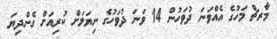
މާރޗް މަހުގެ އެއްވަނަ ދުވަހުން 14 ވަަނަ ދުވަހުގެ ނިޔަލަށް ކުރިއަށް ގެންދިޔަ